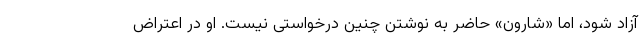
آزاد شود، اما «شارون» حاضر به نوشتن چنین درخواستی نیست. او در اعتراض